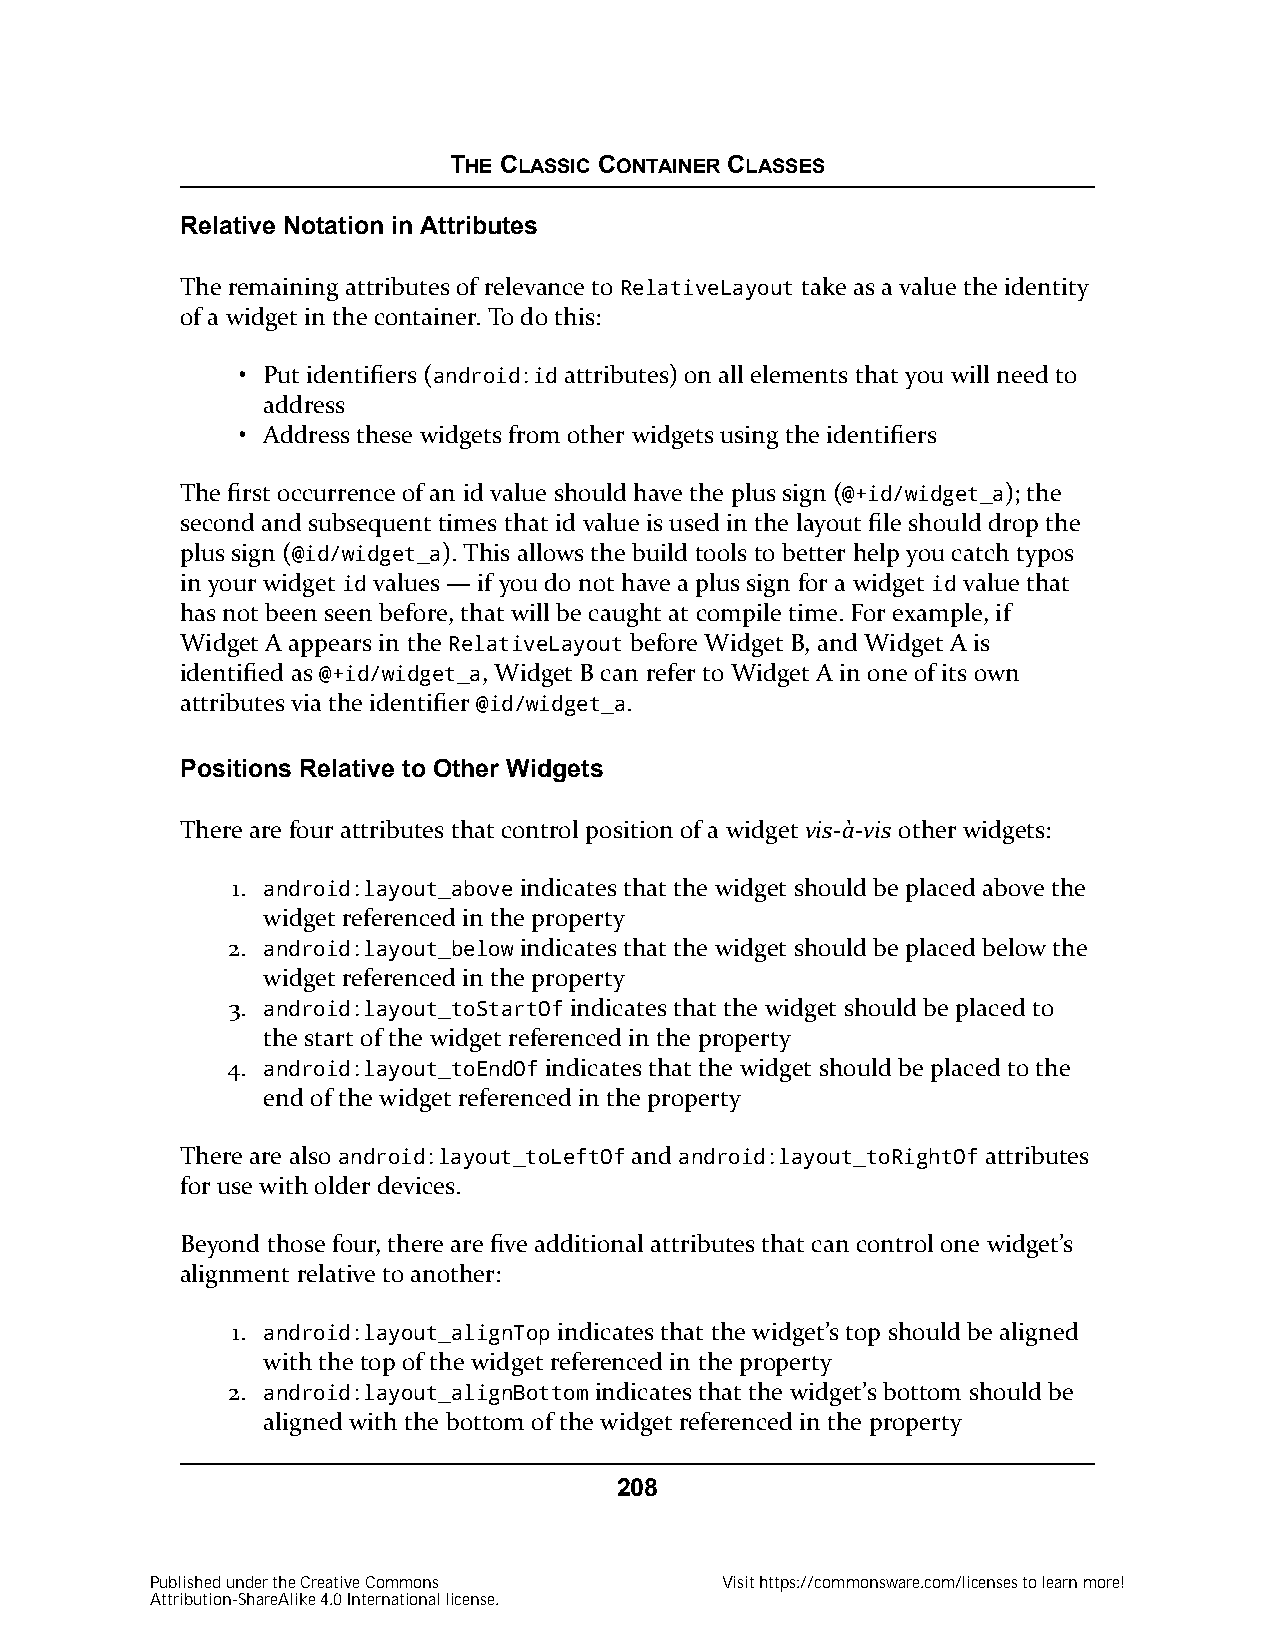
THE CLASSIC CONTAINER CLASSES
 Relative Notation in Attributes
 The remaining attributes of relevance to RelativeLayout take as a value the identity
 of a widget in the container. To do this:
 • Put identifiers (android:id attributes) on all elements that you will need to
 address
 • Address these widgets from other widgets using the identifiers
 The first occurrence of an id value should have the plus sign (@+id/widget_a); the
 second and subsequent times that id value is used in the layout file should drop the
 plus sign (@id/widget_a). This allows the build tools to better help you catch typos
 in your widget id values — if you do not have a plus sign for a widget id value that
 has not been seen before, that will be caught at compile time. For example, if
 Widget A appears in the RelativeLayout before Widget B, and Widget A is
 identified as @+id/widget_a, Widget B can refer to Widget A in one of its own
 attributes via the identifier @id/widget_a.
 Positions Relative to Other Widgets
 There are four attributes that control position of a widget vis-à-vis other widgets:
 1. android:layout_above indicates that the widget should be placed above the
 widget referenced in the property
 2. android:layout_below indicates that the widget should be placed below the
 widget referenced in the property
 3. android:layout_toStartOf indicates that the widget should be placed to
 the start of the widget referenced in the property
 4. android:layout_toEndOf indicates that the widget should be placed to the
 end of the widget referenced in the property
 There are also android:layout_toLeftOf and android:layout_toRightOf attributes
 for use with older devices.
 Beyond those four, there are five additional attributes that can control one widget’s
 alignment relative to another:
 1. android:layout_alignTop indicates that the widget’s top should be aligned
 with the top of the widget referenced in the property
 2. android:layout_alignBottom indicates that the widget’s bottom should be
 aligned with the bottom of the widget referenced in the property
 208
 Published under the Creative Commons  Visit https://commonsware.com/licenses to learn more!
 Attribution-ShareAlike 4.0 International license.